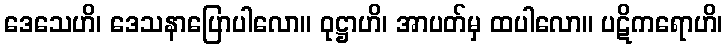
ဒေသေဟိ၊ ဒေသနာပြောပါလော။ ဝုဋ္ဌာဟိ၊ အာပတ်မှ ထပါလော။ ပဋိကရောဟိ၊